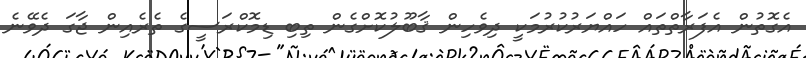
އެގޮތުން އެފަރާތްތައް ހައްޔަރުކުރުމަކީ ދިވެހިން ޤާބޫލުކޮށްގެން ތިބި ޑިމޮކްރަސީގެ ތެރެއިން ޖާގަ ދެވޭނެ